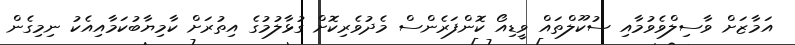
އަމާޒަށް ވާސިލްވެވުމާއި ސުކޫލްތައް ވީޑިއޯ ކޮންފަރެންސް މެދުވެރިކޮށް ގުޅާލުމުގެ އިތުރަށް ކާމިޔާބުކަމާއިއެކު ނިމިގެން